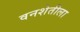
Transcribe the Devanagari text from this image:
वनशेतीला